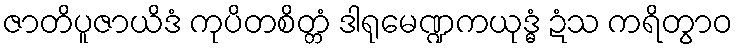
ဇာတိပူဇာယိဒံ ကုပိတစိတ္တံ ဒါရုမေဏ္ဍကယုဒ္ဓံ ဍံသ ကရိတွာဝ